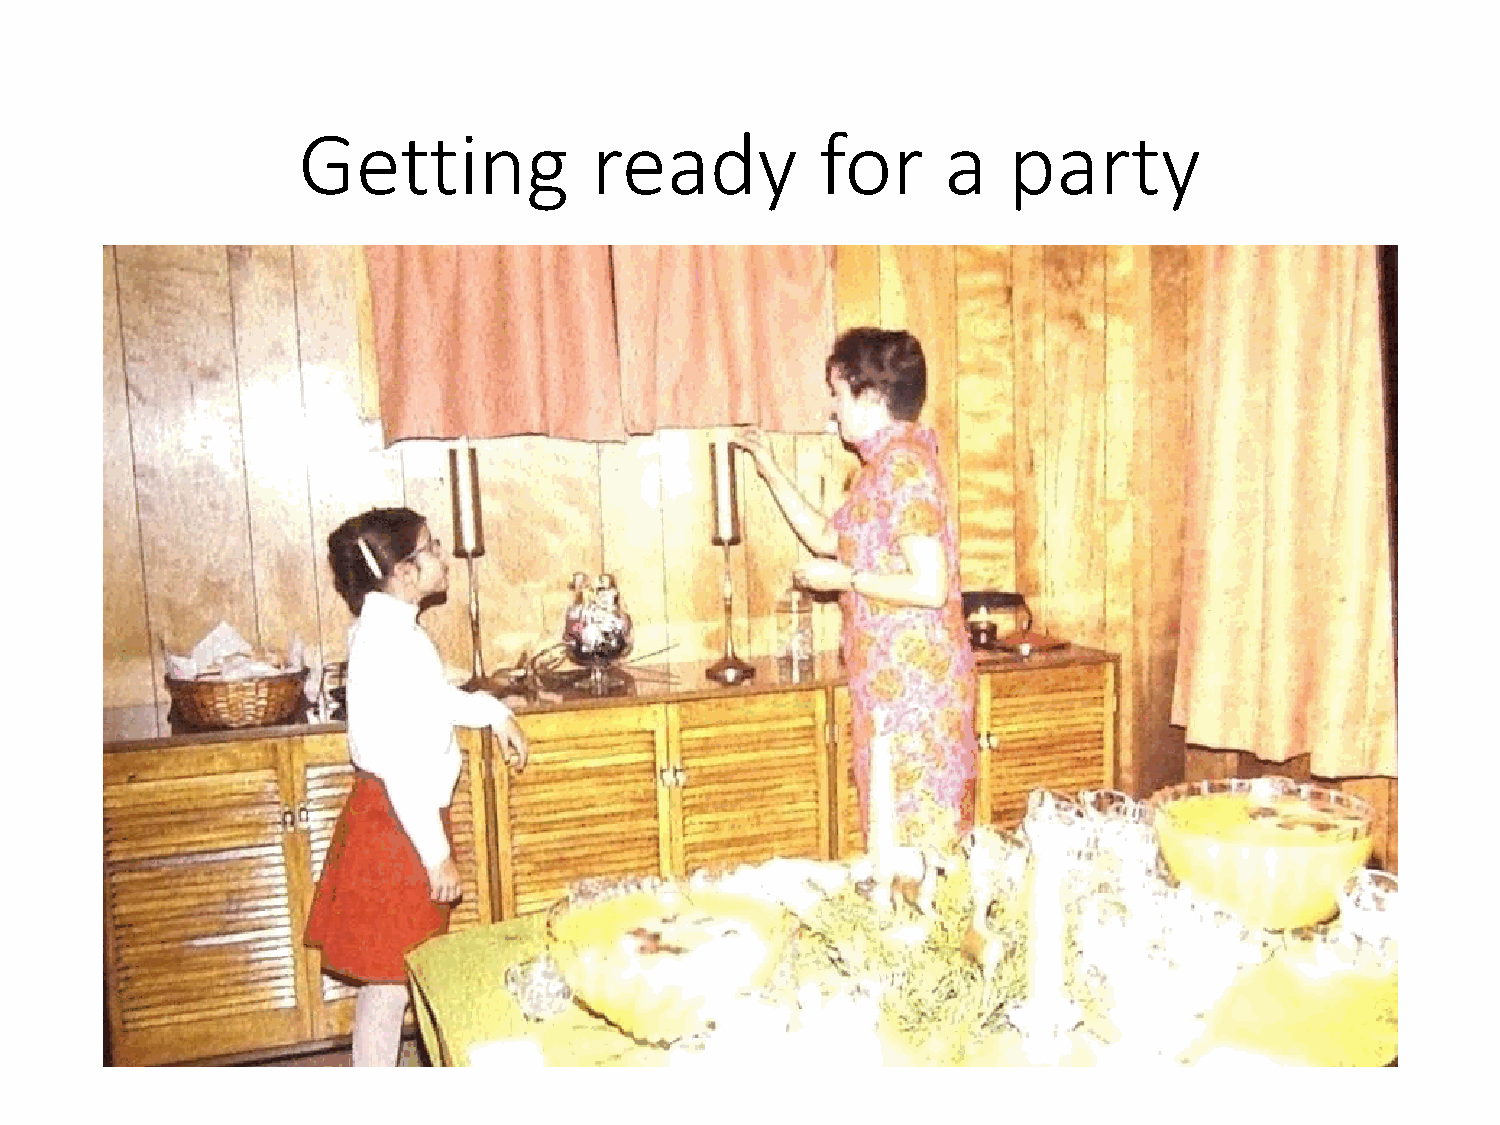
Getting            ready          for      a   party